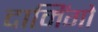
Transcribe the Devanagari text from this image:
दामिंगो